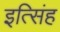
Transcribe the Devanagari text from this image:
इत्सिंह